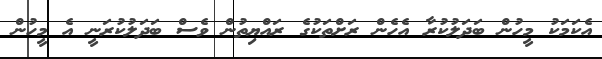
އެކަމަކު މީހުން ބަދަލުކުރާ އެހެން ރަށްތަކުގެ ރައްޔިތުން ވެސް ބަދަލުކުރަނީ އެ މީހުން